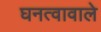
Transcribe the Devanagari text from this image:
घनत्वावाले